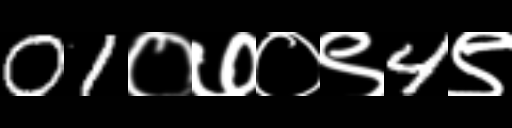
Text: 01०७०९4९